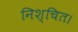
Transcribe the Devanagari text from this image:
निश्‍चित।